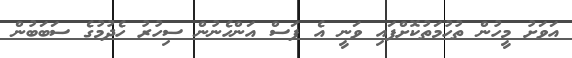
އަވަށު މީހުން ތުހުމަތުކޮށްފައި ވަނީ އެ ފަސް އަންހެނުން ސިހުރު ހެދުމުގެ ސަބަބުން